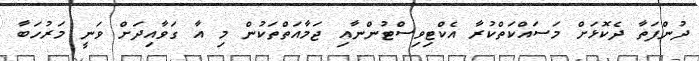
ދުންފަތާ ދެކޮޅަށް މަސައްކަތްކުރާ އެކްޓިވިސްޓުންނާއި ޖަމާއަތްތަކުން މި އާ ގަވާއިދަށް ވަނީ މަރުހަބާ